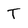
Character: T